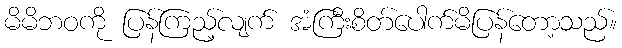
မိမိဘဝကို ပြန်ကြည့်လျက် အံကြီးစိတ်ပေါက်မိပြန်တော့သည်။